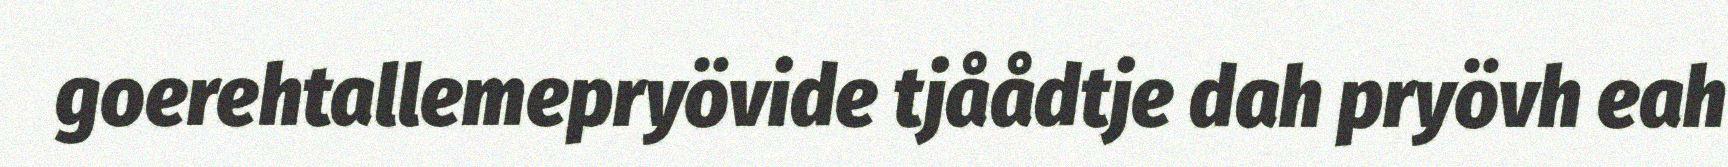
goerehtallemepryövide tjåådtje dah pryövh eah